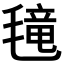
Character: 𱥤